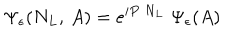
\Psi _ { \epsilon } ( N _ { L } , \, A ) = e ^ { { i } P \; N _ { L } } \; \Psi _ { \epsilon } ( A )